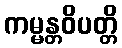
ကမ္မန္တဝိပတ္တိ